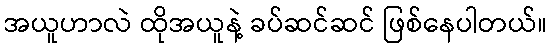
အယူဟာလဲ ထိုအယူနဲ့ ခပ်ဆင်ဆင် ဖြစ်နေပါတယ်။